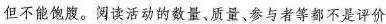
但不能饱腹。阅读活动的数量、质量、参与者等都不是评价